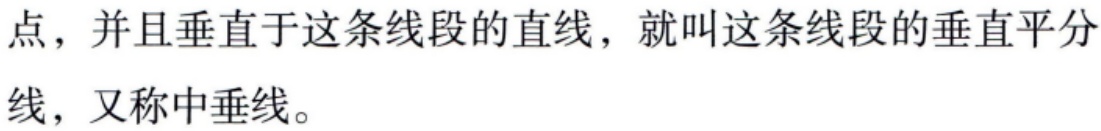
点，并且垂直于这条线段的直线，就叫这条线段的垂直平分线，又称中垂线。